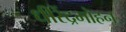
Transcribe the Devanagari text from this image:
धीरेंद्रमोहन